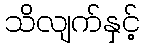
သိလျက်နှင့်